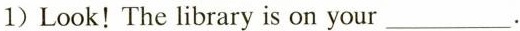
1）Look ！The library is on your___.